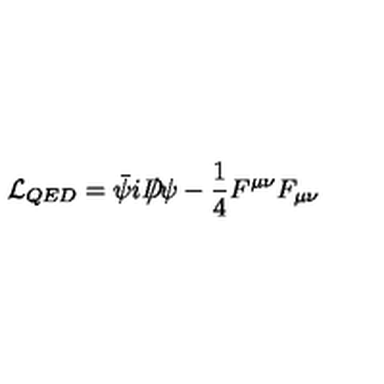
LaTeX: { \cal L } _ { Q E D } = \bar { \psi } i D \! \! \! \! / \psi - \frac 1 4 F ^ { \mu \nu } F _ { \mu \nu }